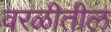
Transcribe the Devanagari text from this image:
वरळीतील